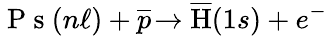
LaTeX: {\mathrm{~P~s~}(n\ell)+\overline{{p}}\! \rightarrow\overline{{\mathrm{H}}}(1s)+e^{-}}